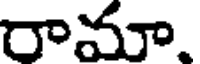
రామా.